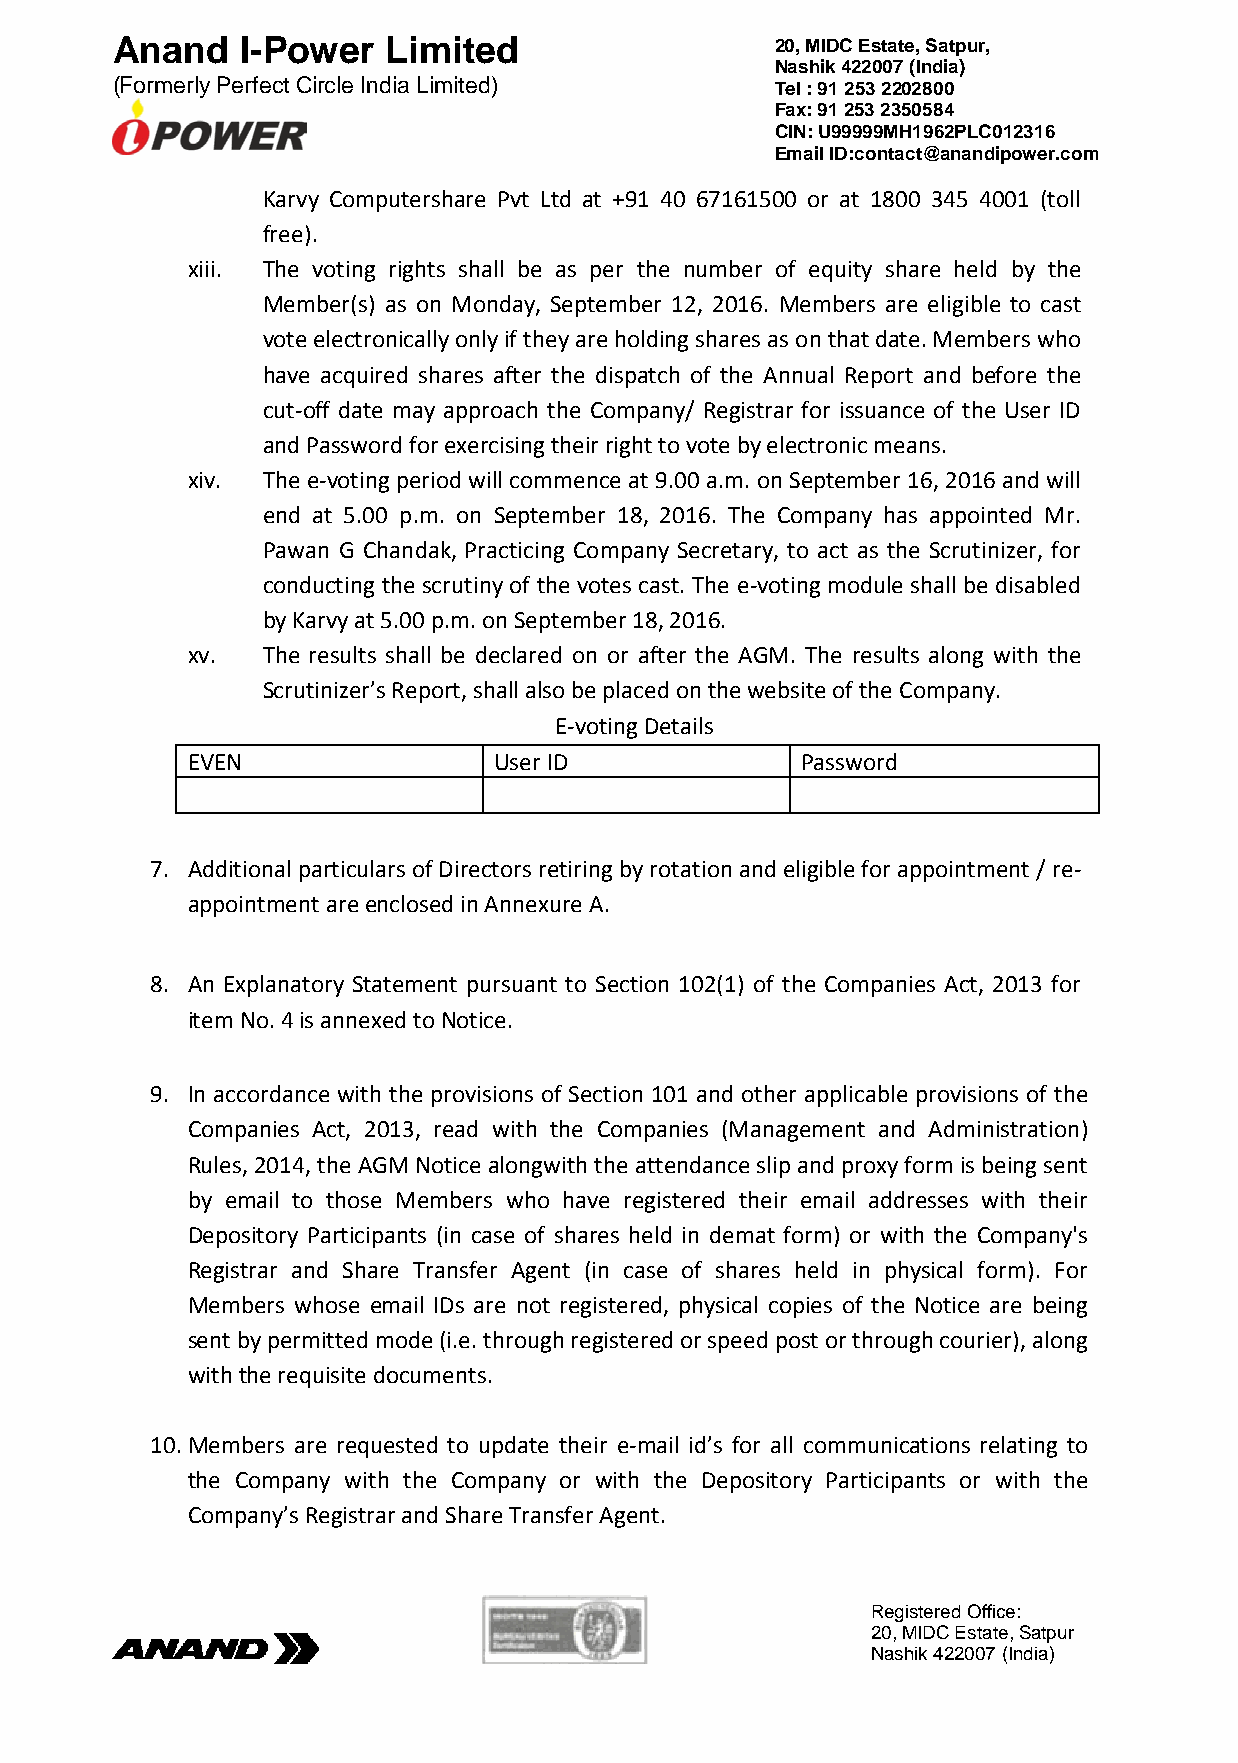
Anand    I-Power   Limited                  20, MIDC Estate, Satpur,
 Nashik 422007 (India)
 (Formerly Perfect Circle India Limited)     Tel : 91 253 2202800
 Fax: 91 253 2350584
 CIN: U99999MH1962PLC012316
 Email ID:contact@anandipower.com
 Karvy Computershare Pvt Ltd at +91 40 67161500 or at 1800 345 4001 (toll
 free).
 xiii. The voting rights shall be as per the number of equity share held by the
 Member(s) as on Monday, September 12, 2016. Members are eligible to cast
 vote electronically only if they are holding shares as on that date. Members who
 have acquired shares after the dispatch of the Annual Report and before the
 cut-off date may approach the Company/ Registrar for issuance of the User ID
 and Password for exercising their right to vote by electronic means.
 xiv. The e-voting period will commence at 9.00 a.m. on September 16, 2016 and will
 end at 5.00 p.m. on September 18, 2016. The Company has appointed Mr.
 Pawan G Chandak, Practicing Company Secretary, to act as the Scrutinizer, for
 conducting the scrutiny of the votes cast. The e-voting module shall be disabled
 by Karvy at 5.00 p.m. on September 18, 2016.
 xv.  The results shall be declared on or after the AGM. The results along with the
 Scrutinizer’s Report, shall also be placed on the website of the Company.
 E-voting Details
 EVEN                 User ID             Password
 7. Additional particulars of Directors retiring by rotation and eligible for appointment / re-
 appointment are enclosed in Annexure A.
 8. An Explanatory Statement pursuant to Section 102(1) of the Companies Act, 2013 for
 item No. 4 is annexed to Notice.
 9. In accordance with the provisions of Section 101 and other applicable provisions of the
 Companies Act, 2013, read with the Companies (Management and Administration)
 Rules, 2014, the AGM Notice alongwith the attendance slip and proxy form is being sent
 by email to those Members who have registered their email addresses with their
 Depository Participants (in case of shares held in demat form) or with the Company's
 Registrar and Share Transfer Agent (in case of shares held in physical form). For
 Members whose email IDs are not registered, physical copies of the Notice are being
 sent by permitted mode (i.e. through registered or speed post or through courier), along
 with the requisite documents.
 10. Members are requested to update their e-mail id’s for all communications relating to
 the Company with the Company or with the Depository Participants or with the
 Company’s Registrar and Share Transfer Agent.
 Registered Office:
 20, MIDC Estate, Satpur
 N a shik 422007 (India)